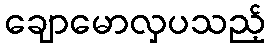
ချောမောလှပသည့်